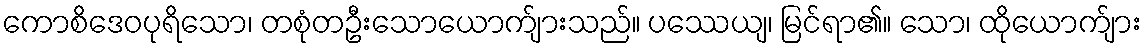
ကောစိဒေဝပုရိသော၊ တစုံတဦးသောယောက်ျားသည်။ ပဿေယျ၊ မြင်ရာ၏။ သော၊ ထိုယောက်ျား